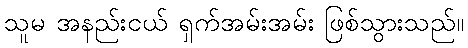
သူမ အနည်းငယ် ရှက်အမ်းအမ်း ဖြစ်သွားသည်။